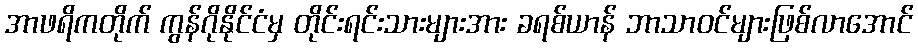
အာဖရိကတိုက် ကွန်ဂိုနိုင်ငံမှ တိုင်းရင်းသားများအား ခရစ်ယာန် ဘာသာဝင်များဖြစ်လာအောင်